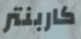
كاربنتر